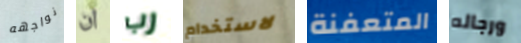
نواجهه ان رب لاستخدام المتعفنة ورجاله